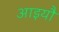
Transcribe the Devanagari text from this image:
आइयौ